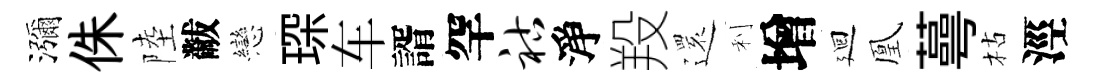
瀰侏陸黻戀琛车諝罕祜淨羖𮟃利增廻凰蕚枯涇